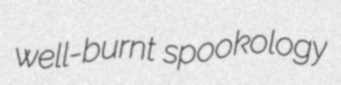
well-burnt spookology